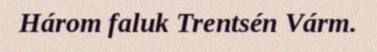
Három faluk Trentsén Várm.